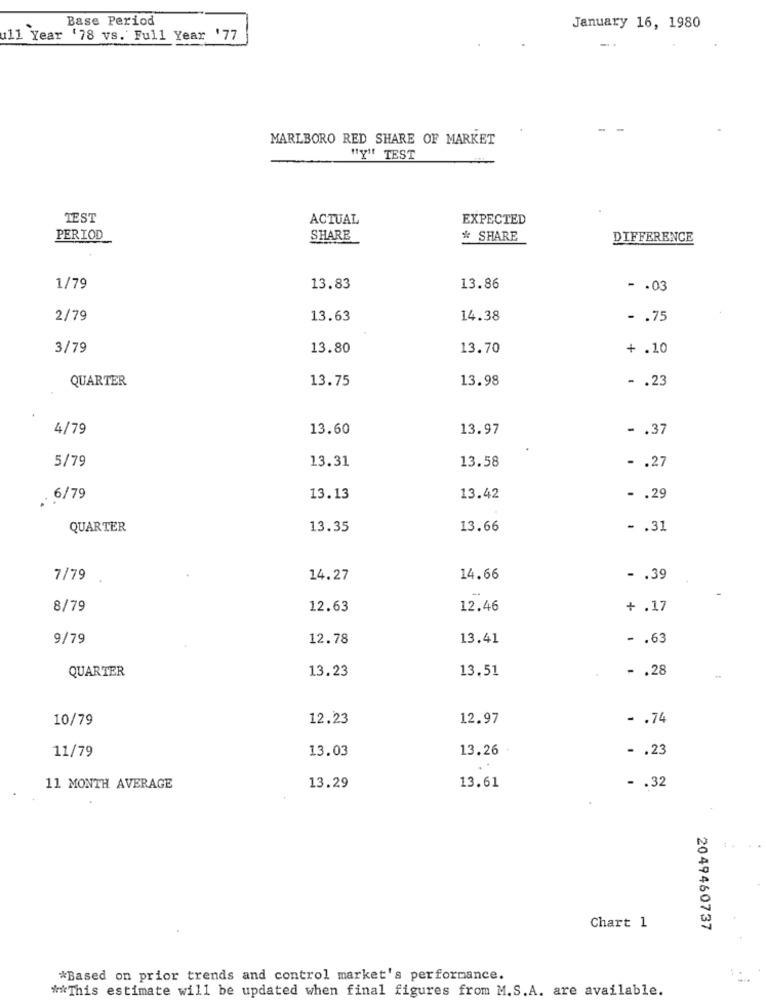
Base Period
January 16, 1980
ull Year '78 vs. Full Year '77
MARLBORO RED SHARE OF MARKET
"Y" TEST
TEST
ACTUAL
EXPECTED
PERIOD
SHARE
* SHARE
DIFFERENCE
1/79
13.83
13.86
- . 03
2/79
13.63
14.38
- . 75
3/79
13.80
13.70
+ .10
QUARTER
13.75
13.98
- . 23
4/79
13.60
13.97
- . 37
13.31
13.58
5/79
- . 27
. 6/79
13.13
13.42
- . 29
QUARTER
13.35
13.66
- . 31
7/79
14.27
14.66
- . 39
8/79
12.63
12.46
+ .17
9/79
12.78
13.41
- . 63
QUARTER
13.23
13.51
- . 28
10/79
12.23
12.97
- . 74
11/79
13.03
13.26
- . 23
11 MONTH AVERAGE
13.29
13.61
- . 32
Chart 1
2049460737
*Based on prior trends and control market's performance.
** This estimate will be updated when final figures from M.S.A. are available.